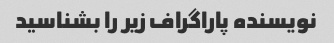
نویسنده پاراگراف زیر را بشناسید